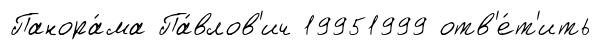
Панора́ма Па́влов'ич 19951999 отв'е́т'ить